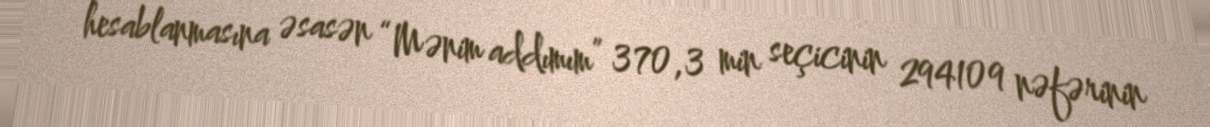
hesablanmasına əsasən “Mənim addımım” 370,3 min seçicinin 294109 nəfərinin